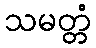
သမတ္တံ